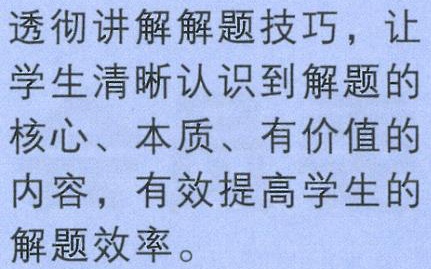
透彻讲解解题技巧，让学生清晰认识到解题的核心、本质、有价值的内容，有效提高学生的解题效率。